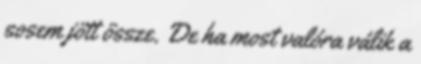
sosem jött össze. De ha most valóra válik a